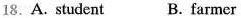
18.A.Student B. farmer